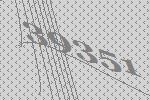
39351